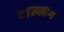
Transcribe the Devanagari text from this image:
टेल्लिंग